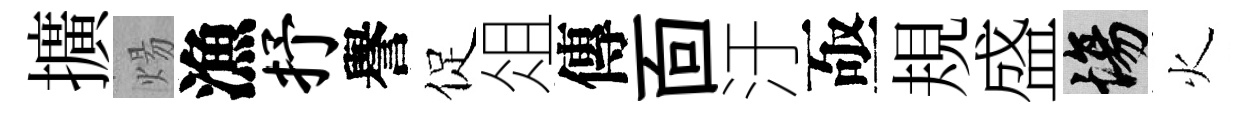
擴煬漁抒譽促俎傳靣汙亟規盛場火